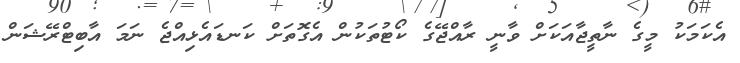
އެކަމަކު މީގެ ނާތީޖާއަކަށް ވާނީ ރާއްޖޭގެ ކޯޓުތަކުން އެގޮތަށް ކަނޑައެޅިއްޖެ ނަމަ އާބިޓްރޭޝަން